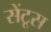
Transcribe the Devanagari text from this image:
सेंटूस